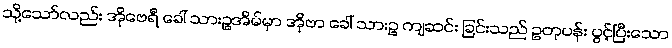
သို့သော်လည်း အိုဗေရီ ခေါ် သားဥအိမ်မှာ အိုဗာ ခေါ် သားဥ ကျဆင်း ခြင်းသည် ဥတုပန်း ပွင့်ပြီးသော